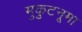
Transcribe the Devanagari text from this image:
मुकुटनूमा